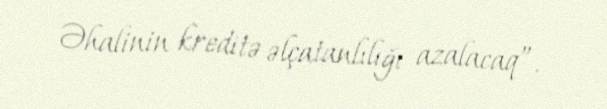
Əhalinin kreditə əlçatanlılığı azalacaq”.